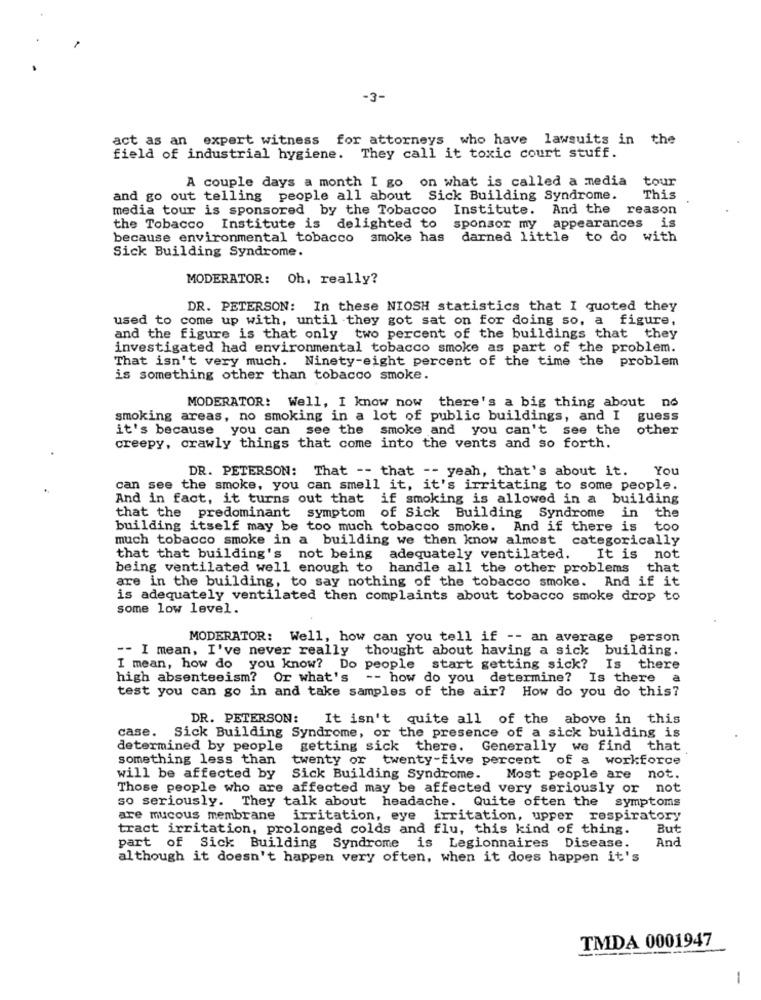
-3-
act as an expert witness for attorneys who have lawsuits in the
field of industrial hygiene. They call it toxic court stuff.
A couple days a month I go on what is called a media
tour
and go out telling people all about Sick Building Syndrome.
This
media tour is sponsored by the Tobacco
Institute. And the reason
is
the Tobacco Institute is delighted to
sponsor my appearances
because environmental tobacco smoke has darned little to do with
Sick Building Syndrome.
MODERATOR: Oh, really?
DR. PETERSON: In these NIOSH statistics that I quoted they
used to come up with, until they got sat on for doing so, a figure,
and the figure is that only two percent of the buildings that they
investigated had environmental tobacco smoke as part of the problem.
That isn't very much. Ninety-eight percent of the time the problem
is something other than tobacco smoke.
MODERATOR: Well, I know now there's a big thing about no
smoking areas, no smoking in a lot of public buildings, and I
guess
it's because you can see the smoke and you can't see the
other
creepy, crawly things that come into the vents and so forth.
DR. PETERSON: That -- that -- yeah, that's about it. You
can see the smoke, you can smell it, it's irritating to some people.
And in fact, it turns out that if smoking is allowed in a building
that the predominant symptom of Sick Building Syndrome in
the
building itself may be too much tobacco smoke. And if there is
too
much tobacco smoke in a building we then know almost categorically
that that building's not being adequately ventilated. It is not
being ventilated well enough to handle all the other problems that
are in the building, to say nothing of the tobacco smoke. And if it
is adequately ventilated then complaints about tobacco smoke drop to
some low level.
MODERATOR: Well, how can you tell if -- an average person
-- I mean, I've never really thought about having a sick building.
I mean, how do you know? Do people start getting sick? Is there
high absenteeism? Or what's
-- how do you determine? Is there
a
test you can go in and take samples of the air? How do you do this?
DR. PETERSON: It isn't quite all of the above in this
case.
Sick Building Syndrome, or the presence of a sick building is
determined by people getting sick there. Generally we find that
something less than
twenty or twenty-five percent of a workforce
will be affected by Sick Building Syndrome.
Most people are not.
Those people who are affected may be affected very seriously or not
so seriously. They talk about headache. Quite often the symptoms
are mucous membrane irritation, eye irritation, upper respiratory
tract irritation, prolonged colds and flu, this kind of thing.
But
And
part of Sick Building Syndrome is Legionnaires Disease.
although it doesn't happen very often, when it does happen it's
TMDA 0001947
-